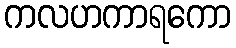
ကလဟကာရကော